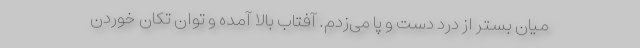
میان بستر از درد دست و پا می‌زدم. آفتاب بالا آمده و توان تکان خوردن